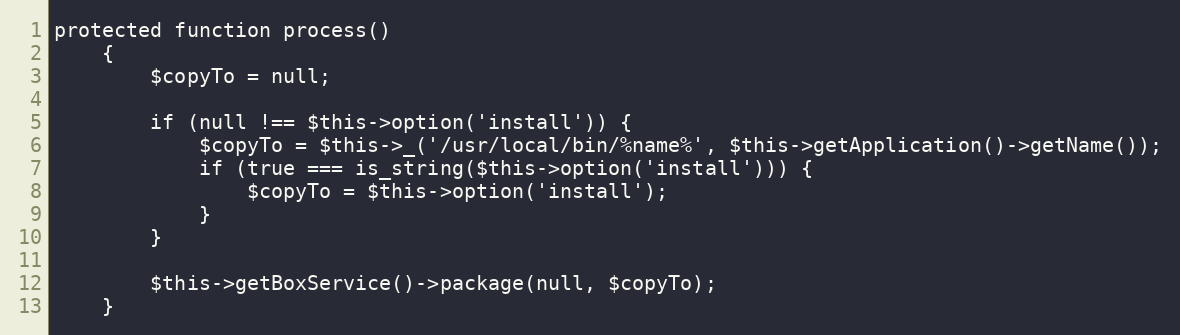
Language: PHP
protected function process()
    {
        $copyTo = null;

        if (null !== $this->option('install')) {
            $copyTo = $this->_('/usr/local/bin/%name%', $this->getApplication()->getName());
            if (true === is_string($this->option('install'))) {
                $copyTo = $this->option('install');
            }
        }

        $this->getBoxService()->package(null, $copyTo);
    }